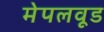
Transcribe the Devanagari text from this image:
मेपलवूड